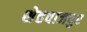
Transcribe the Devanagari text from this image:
शेहवाजपुर